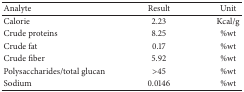
<table><thead><tr><td><b>Analyte</b></td><td><b>Result</b></td><td><b>Unit</b></td></tr></thead><tbody><tr><td>Calorie</td><td>2.23</td><td>Kcal/g</td></tr><tr><td>Crude proteins</td><td>8.25</td><td>%wt</td></tr><tr><td>Crude fat</td><td>0.17</td><td>%wt</td></tr><tr><td>Crude fiber</td><td>5.92</td><td>%wt</td></tr><tr><td>Polysaccharides/total glucan</td><td>&gt;45</td><td>%wt</td></tr><tr><td>Sodium</td><td>0.0146</td><td>%wt</td></tr></tbody></table>